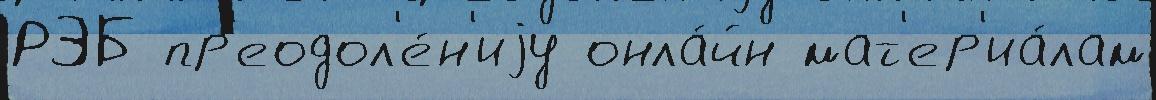
РЭБ пр'еодол'е́н'иjу онла́йн мат'ер'иа́лам